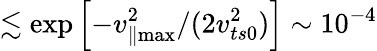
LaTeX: \lesssim\exp\left[-v_{\parallel\operatorname*{max}}^{2}/(2v_{ts0}^{2})\right]\sim 10^{-4}